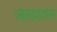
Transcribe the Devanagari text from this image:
जलप्रवास